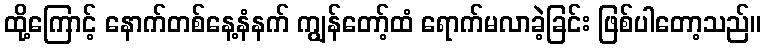
ထို့ကြောင့် နောက်တစ်နေ့နံနက် ကျွန်တော့်ထံ ရောက်မလာခဲ့ခြင်း ဖြစ်ပါတော့သည်။